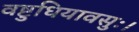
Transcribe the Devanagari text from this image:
वष्टुधियावसुः।